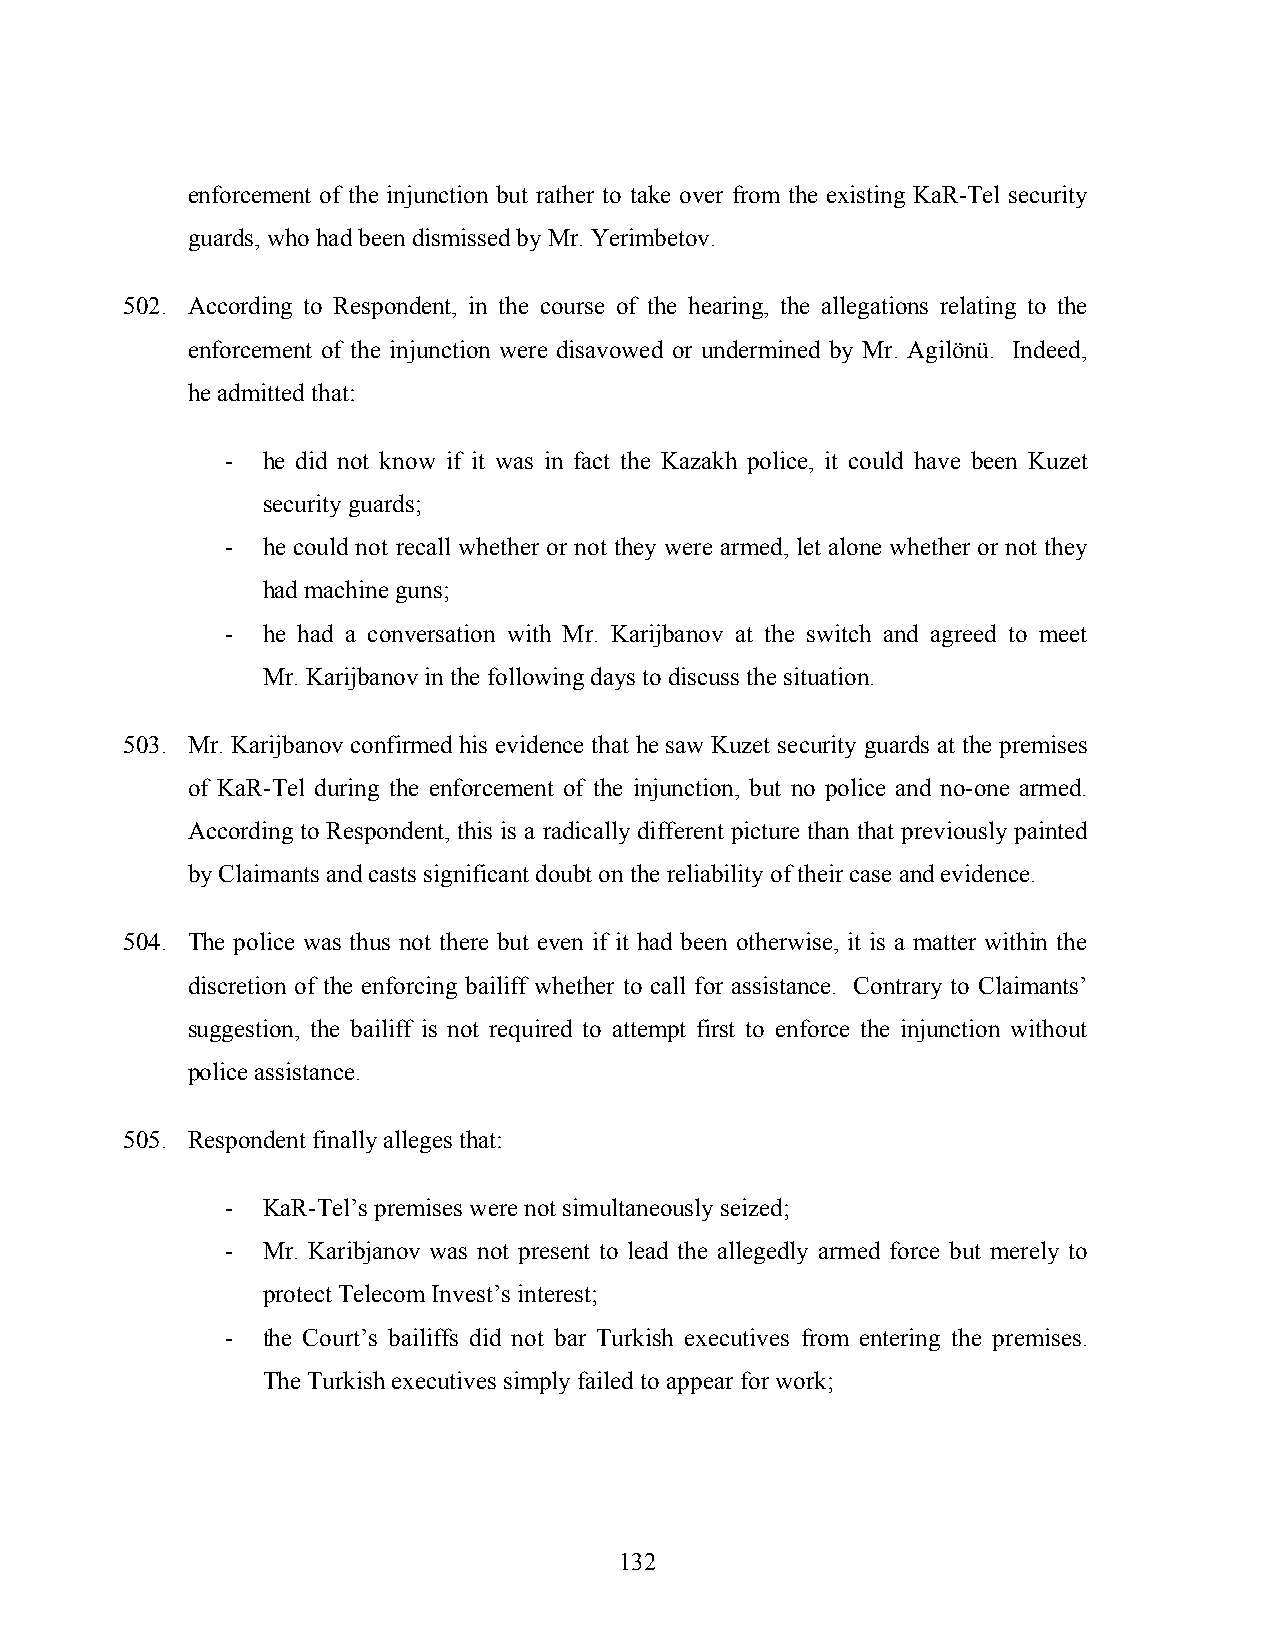
enforcement of the injunction but rather to take over from the existing KaR-Tel security
 guards, who had been dismissed by Mr. Yerimbetov.
 502. According to Respondent, in the course of the hearing, the allegations relating to the
 enforcement of the injunction were disavowed or undermined by Mr. Agilönü. Indeed,
 he admitted that:
 - he did not know if it was in fact the Kazakh police, it could have been Kuzet
 security guards;
 - he could not recall whether or not they were armed, let alone whether or not they
 had machine guns;
 - he had a conversation with Mr. Karijbanov at the switch and agreed to meet
 Mr. Karijbanov in the following days to discuss the situation.
 503. Mr. Karijbanov confirmed his evidence that he saw Kuzet security guards at the premises
 of KaR-Tel during the enforcement of the injunction, but no police and no-one armed.
 According to Respondent, this is a radically different picture than that previously painted
 by Claimants and casts significant doubt on the reliability of their case and evidence.
 504. The police was thus not there but even if it had been otherwise, it is a matter within the
 discretion of the enforcing bailiff whether to call for assistance. Contrary to Claimants’
 suggestion, the bailiff is not required to attempt first to enforce the injunction without
 police assistance.
 505. Respondent finally alleges that:
 - KaR-Tel’s premises were not simultaneously seized;
 - Mr. Karibjanov was not present to lead the allegedly armed force but merely to
 protect Telecom Invest’s interest;
 - the Court’s bailiffs did not bar Turkish executives from entering the premises.
 The Turkish executives simply failed to appear for work;
 132